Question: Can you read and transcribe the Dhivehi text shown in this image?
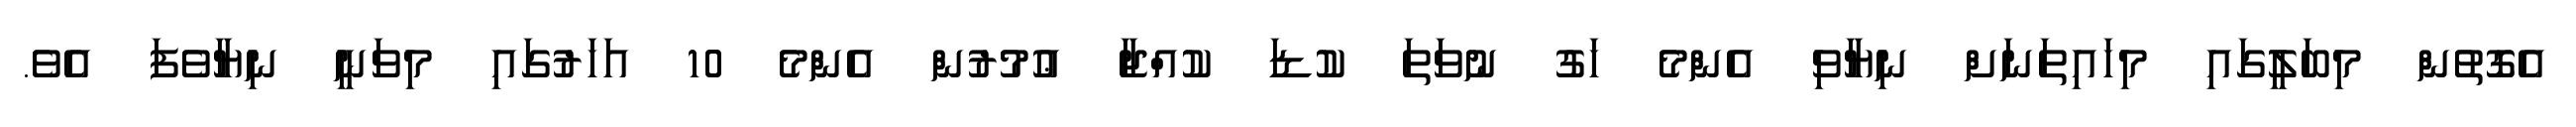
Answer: އެގޮތުން މިބަލީގައި މިހައިތަނަށް ނިޔާވި އެންމެ ހަގު ނުވަތަ ކުޑަ ކުއްޖާ ޢުމުރުން އެންމެ 10 އަހަރުގައި މިވަނީ ނިޔާވެފަ އެވެ.